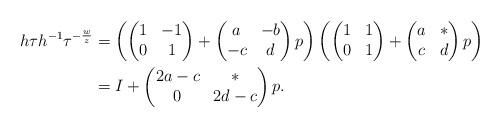
LaTeX: \begin{align*}h\tau h^{-1} \tau^{-\frac{w}{z}} &= \left( \begin{pmatrix} 1 & -1 \\ 0 & 1 \end{pmatrix} + \begin{pmatrix} a & -b \\ -c & d \end{pmatrix} p \right) \left( \begin{pmatrix} 1 & 1 \\ 0 & 1 \end{pmatrix} + \begin{pmatrix} a & * \\ c & d \end{pmatrix} p \right) \\&= I + \begin{pmatrix} 2a-c & * \\ 0 & 2d-c \end{pmatrix} p.\end{align*}